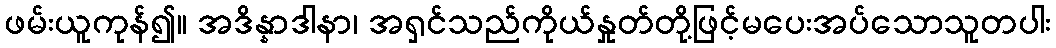
ဖမ်းယူကုန်၍။ အဒိန္နာဒါနာ၊ အရှင်သည်ကိုယ်နှုတ်တို့ဖြင့်မပေးအပ်သောသူတပါး